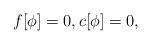
\begin{align*}f[\phi] = 0, c[\phi] = 0 ,\end{align*}